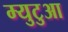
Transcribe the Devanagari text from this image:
म्युटुआ